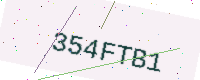
Text: 354FTB1